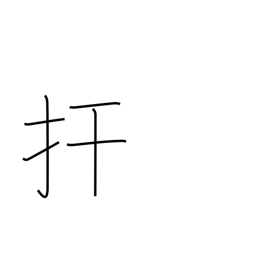
Meaning: restrain